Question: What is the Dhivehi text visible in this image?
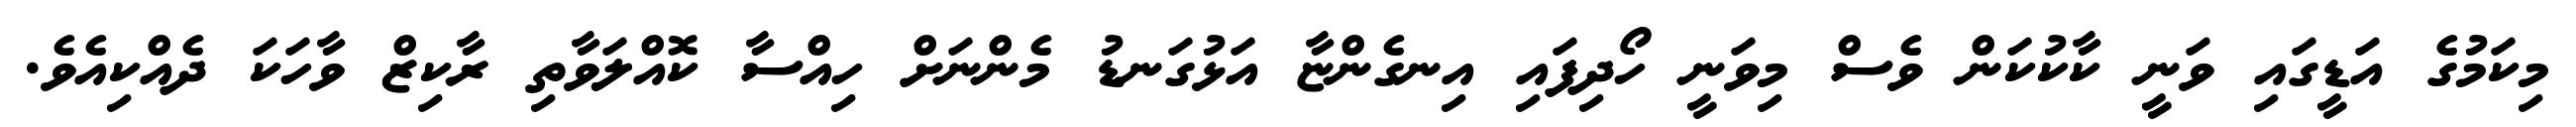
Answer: މިކަމުގެ އަޑީގައި ވަނީ ކާކުކަން ވެސް މިވަނީ ހޯދިފައި އިނގެންޏާ އަޅުގަނޑު މެންނަށް ހިއްސާ ކޮއްލަވާތި ރާކިޒް ވާހަކަ ދެއްކިއެވެ.